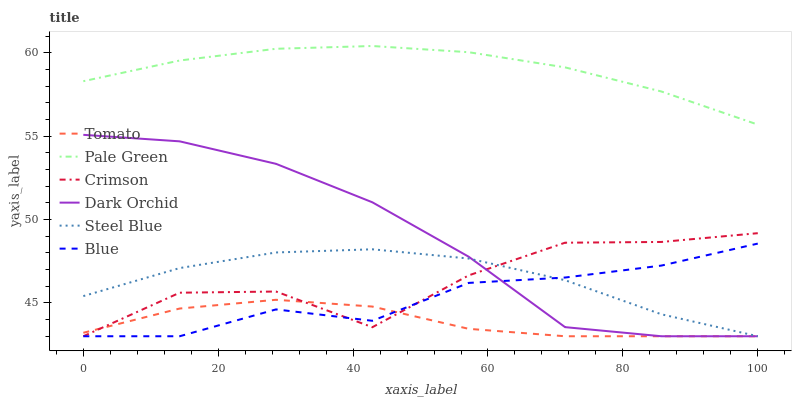
| xaxis_label | Tomato | Pale Green | Crimson | Dark Orchid | Steel Blue | Blue |
 | --- | --- | --- | --- | --- | --- | --- |
 | 0 | 43.2 | 58.3 | 43 | 55.1 | 45.4 | 43 |
 | 14.3 | 44.7 | 59.5 | 45.6 | 54.7 | 47.1 | 43 |
 | 28.6 | 45.2 | 60.2 | 45.7 | 53.3 | 48 | 44.6 |
 | 42.9 | 44.8 | 60.4 | 43.5 | 51 | 48.2 | 43.9 |
 | 57.1 | 43.4 | 60 | 46.7 | 47.8 | 47.7 | 46.2 |
 | 71.4 | 43 | 59.1 | 48.6 | 43.5 | 46.4 | 46.5 |
 | 85.7 | 43 | 57.7 | 48.7 | 43 | 44.3 | 47.2 |
 | 100 | 43 | 55.7 | 49.2 | 43 | 43 | 48.6 |